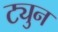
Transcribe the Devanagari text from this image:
ट्युन